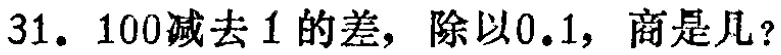
31. $100$减去$1$的差，除以$0.1$，商是几？